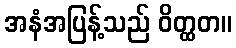
အနံအပြန့်သည် ဝိတ္ထတ။